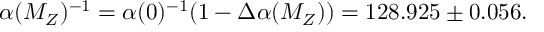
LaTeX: \alpha ( M _ { Z } ) ^ { - 1 } = \alpha ( 0 ) ^ { - 1 } ( 1 - \Delta \alpha ( M _ { Z } ) ) = 1 2 8 . 9 2 5 \pm 0 . 0 5 6 .